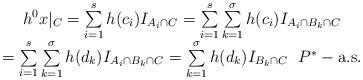
LaTeX: \begin{align*} \begin{array}{c} h^0x|_C=\sum\limits_{i=1}^sh(c_i)I_{A_i\cap C}=\sum\limits_{i=1}^s \sum\limits_{k=1}^\sigma h(c_i)I_{A_i\cap B_k\cap C} \\= \sum\limits_{i=1}^s \sum\limits_{k=1}^\sigma h(d_k)I_{A_i\cap B_k\cap C}=\sum\limits_{k=1}^\sigma h(d_k)I_{B_k\cap C} \ \ P^*-\mbox{a.s.} \end{array} \end{align*}